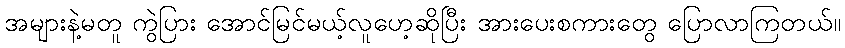
အများနဲ့မတူ ကွဲပြား အောင်မြင်မယ့်လူဟေ့ဆိုပြီး အားပေးစကားတွေ ပြောလာကြတယ်။